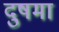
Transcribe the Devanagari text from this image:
दुषमा